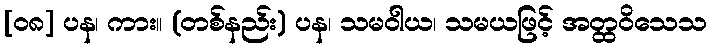
[၀၈] ပန၊ ကား။ (တစ်နည်း) ပန၊ သမဝါယ၊ သမယဖြင့် အတ္ထဝိသေသ